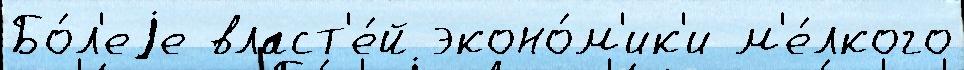
Бо́л'еjе власт'е́й эконо́м'ик'и м'е́лкого